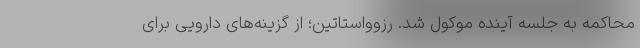
محاکمه به جلسه آینده موکول شد. رزوواستاتین؛ از گزینه‌های دارویی برای